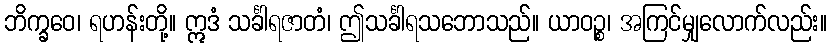
ဘိက္ခဝေ၊ ရဟန်းတို့။ ဣဒံ သင်္ခါရဇာတံ၊ ဤသင်္ခါရသဘောသည်။ ယာဝဉ္စ၊ အကြင်မျှလောက်လည်း။